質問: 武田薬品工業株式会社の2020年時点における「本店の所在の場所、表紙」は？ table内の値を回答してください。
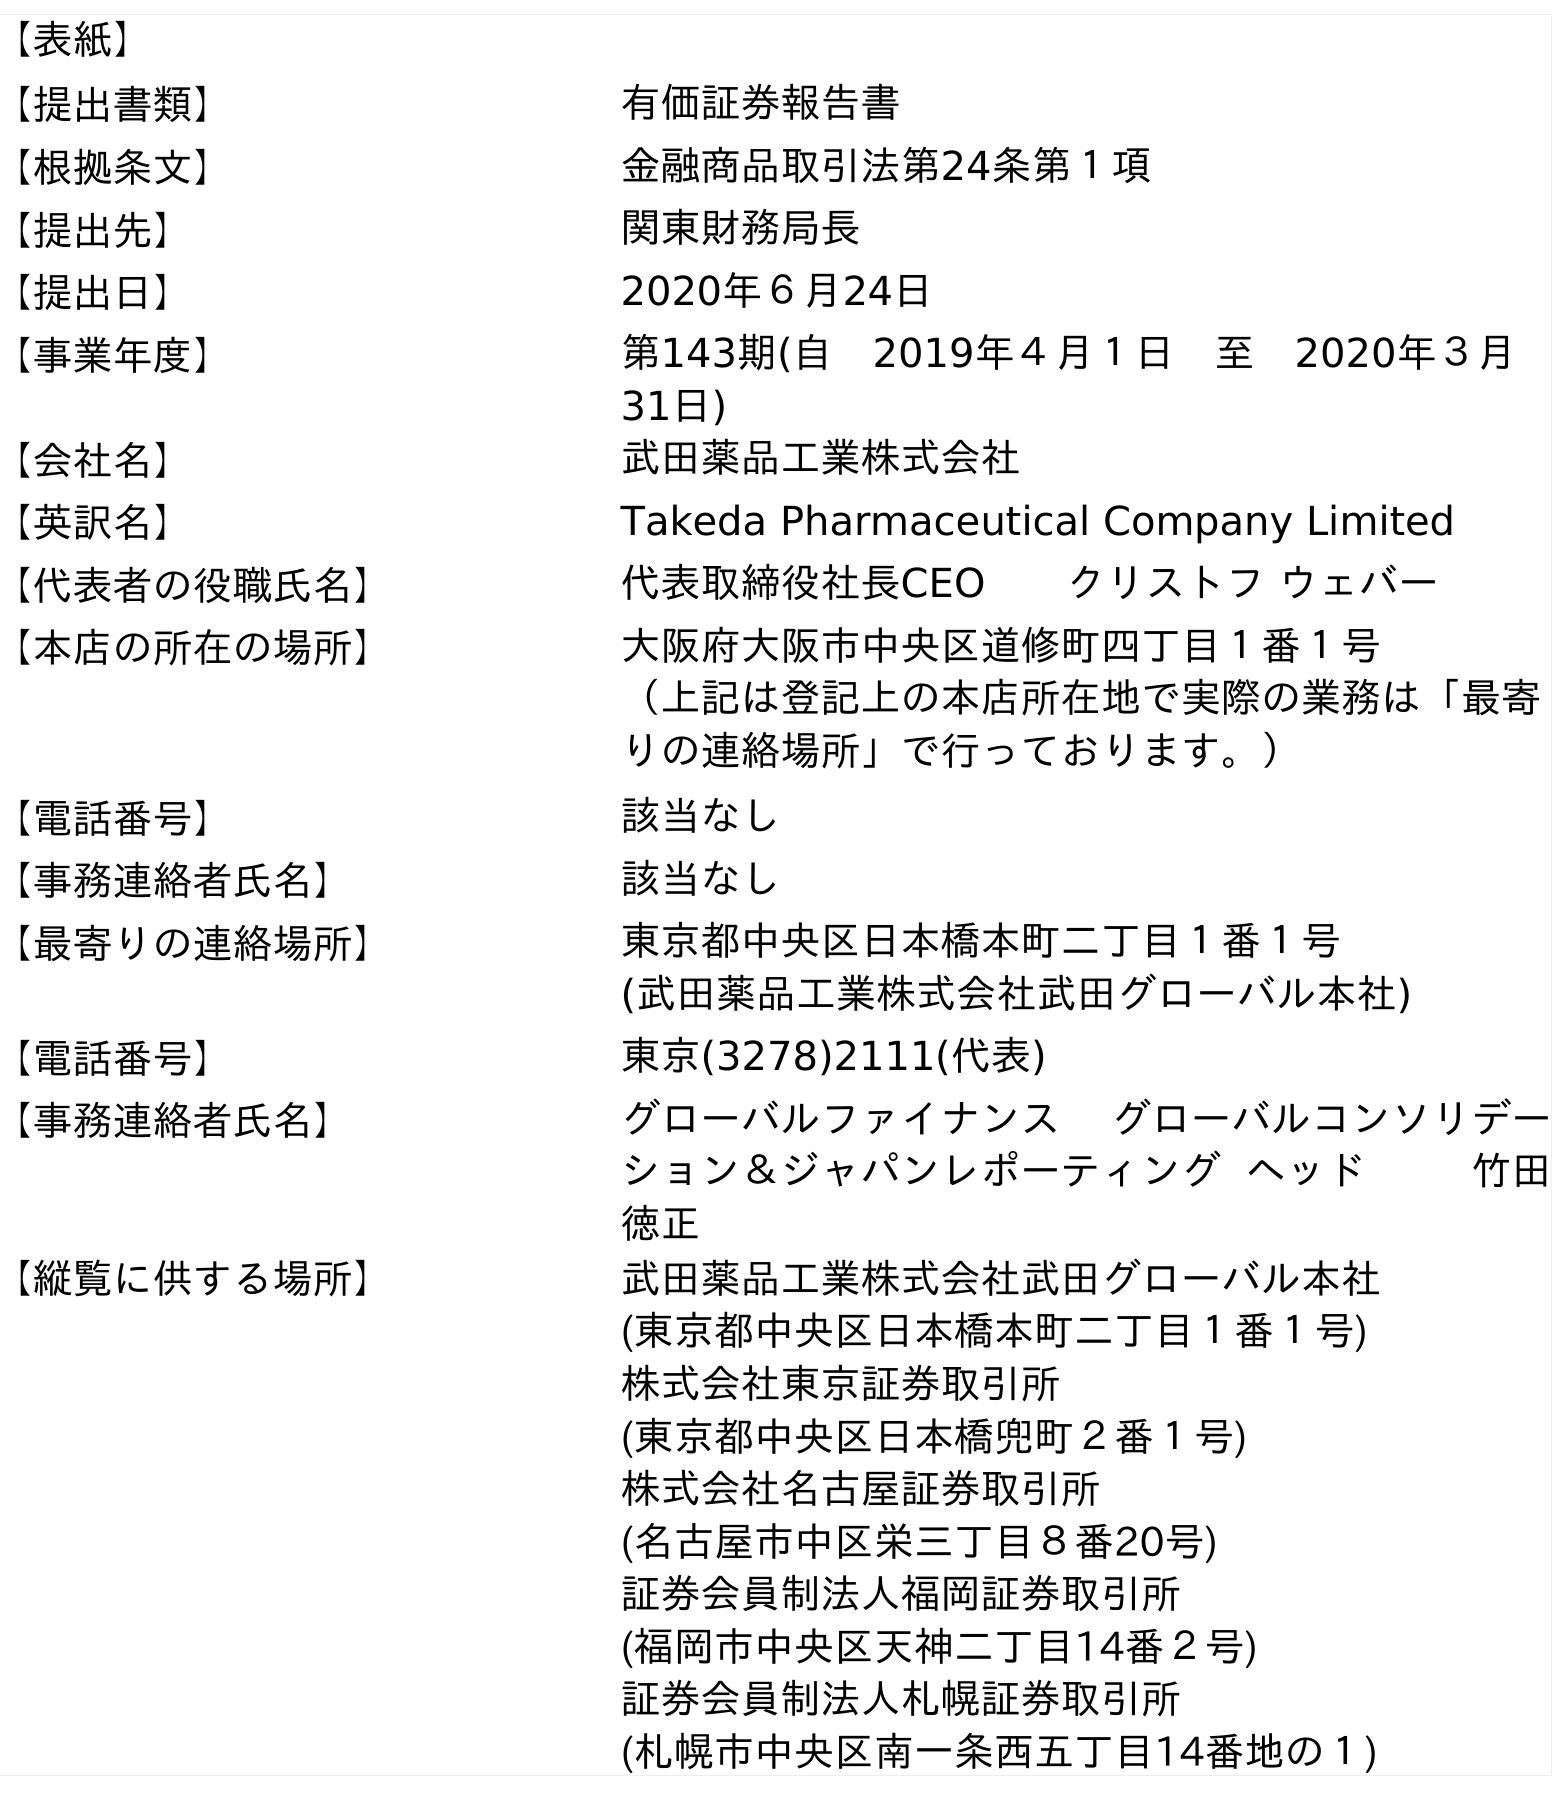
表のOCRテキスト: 【表紙】 【提出書類】 有価証券報告書 【根拠条文】 金融商品取引法第24条第１項 【提出先】 関東財務局長 【提出日】 2020年６月24日 【事業年度】 第143期(自 2019年４月１日 至 2020年３月 31日) 【会社名】 武田薬品工業株式会社 【英訳名】 Takeda Pharmaceutical Company Limited 【代表者の役職氏名】 代表取締役社長CEO  クリストフ ウェバー 【本店の所在の場所】 大阪府大阪市中央区道修町四丁目１番１号 （上記は登記上の本店所在地で実際の業務は「最寄 りの連絡場所」で行っております。） 【電話番号】 該当なし 【事務連絡者氏名】 該当なし 【最寄りの連絡場所】 東京都中央区日本橋本町二丁目１番１号 (武田薬品工業株式会社武田グローバル本社) 【電話番号】 東京(3278)2111(代表) 【事務連絡者氏名】 グローバルファイナンス グローバルコンソリデー ション＆ジャパンレポーティング ヘッド    竹田 徳正 【縦覧に供する場所】 武田薬品工業株式会社武田グローバル本社 (東京都中央区日本橋本町二丁目１番１号) 株式会社東京証券取引所 (東京都中央区日本橋兜町２番１号) 株式会社名古屋証券取引所 (名古屋市中区栄三丁目８番20号) 証券会員制法人福岡証券取引所 (福岡市中央区天神二丁目14番２号) 証券会員制法人札幌証券取引所 (札幌市中央区南一条西五丁目14番地の１)
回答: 大阪府大阪市中央区道修町四丁目１番１号（上記は登記上の本店所在地で実際の業務は「最寄りの連絡場所」で行っております。）